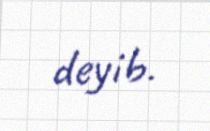
deyib.